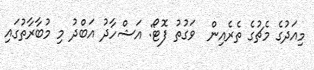
މިއަދުގެ މެޗުގެ ތެރެއިން  ވަގުތު ފޮޓޯ: އަޝްހާދު އަބްދު މި މުބާރާތުގައި